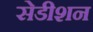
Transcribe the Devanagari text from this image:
सेडीशन